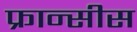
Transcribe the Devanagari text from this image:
फ्रान्सीस